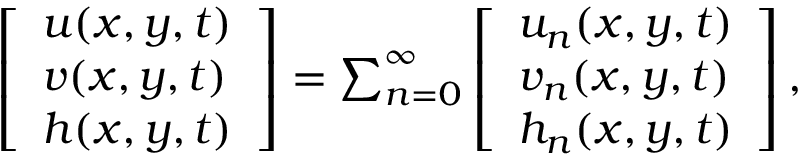
\begin{array} { r } { \left[ \begin{array} { l } { u ( x , y , t ) } \\ { v ( x , y , t ) } \\ { h ( x , y , t ) } \end{array} \right] = \sum _ { n = 0 } ^ { \infty } \left[ \begin{array} { l } { u _ { n } ( x , y , t ) } \\ { v _ { n } ( x , y , t ) } \\ { h _ { n } ( x , y , t ) } \end{array} \right] , } \end{array}